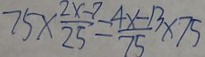
7 5 \times \frac { 2 x - 7 } { 2 5 } = \frac { 4 x - 1 3 } { 7 5 } \times 7 5